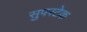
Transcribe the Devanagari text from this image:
सुपरटेक